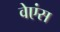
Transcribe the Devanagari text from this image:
वेएंस